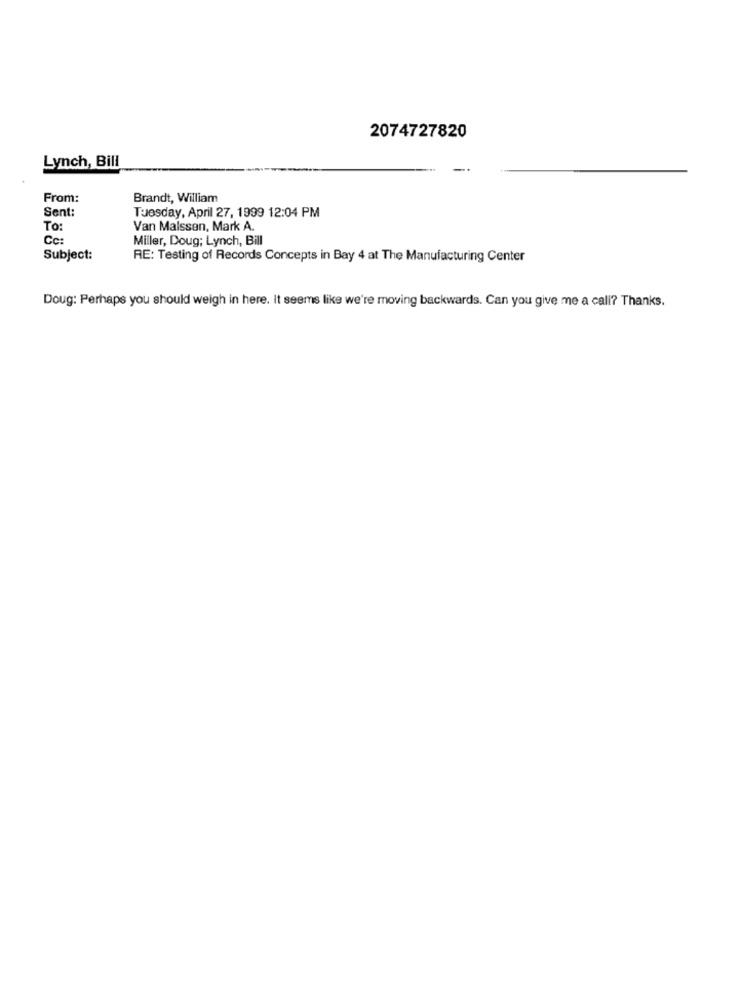
2074727820
Lynch, Bill
From:
Brandt, William
Sent:
Tuesday, April 27, 1999 12:04 PM
To:
Van Malssen, Mark A.
Ce:
Miller, Doug; Lynch, Bill
Subject:
RE: Testing of Records Concepts in Bay 4 at The Manufacturing Center
Doug: Perhaps you should weigh in here. It seems like we're moving backwards. Can you give me a call? Thanks.